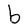
Character: b